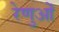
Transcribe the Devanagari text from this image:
रेणुओं